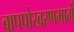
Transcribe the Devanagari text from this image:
बापपोखरणमार्गे